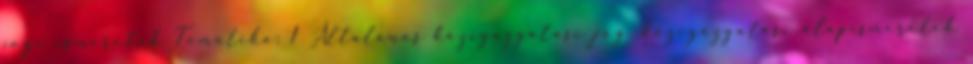
jogi ismeretek Tematika: 1 Általános közigazgatási jog, közigazgatási alapismeretek